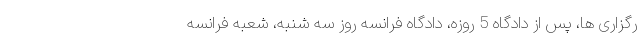
رگزاری ها، پس از دادگاه 5 روزه، دادگاه فرانسه روز سه شنبه، شعبه فرانسه